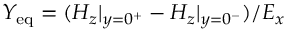
Y _ { \mathrm { e q } } = ( H _ { z } | _ { y = 0 ^ { + } } - H _ { z } | _ { y = 0 ^ { - } } ) / E _ { x }